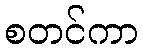
စတင်ကာ